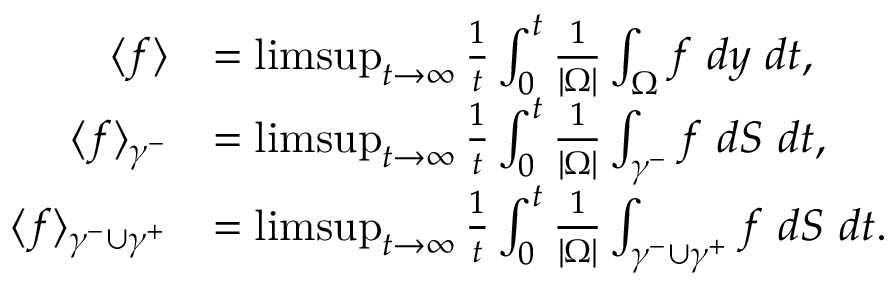
\begin{array} { r l } { \langle f \rangle } & { = \operatorname* { l i m s u p } _ { t \to \infty } \frac { 1 } { t } \int _ { 0 } ^ { t } \frac { 1 } { | \Omega | } \int _ { \Omega } f \ d y \ d t , } \\ { \langle f \rangle _ { \gamma ^ { - } } } & { = \operatorname* { l i m s u p } _ { t \to \infty } \frac { 1 } { t } \int _ { 0 } ^ { t } \frac { 1 } { | \Omega | } \int _ { \gamma ^ { - } } f \ d S \ d t , } \\ { \langle f \rangle _ { \gamma ^ { - } \cup \gamma ^ { + } } } & { = \operatorname* { l i m s u p } _ { t \to \infty } \frac { 1 } { t } \int _ { 0 } ^ { t } \frac { 1 } { | \Omega | } \int _ { \gamma ^ { - } \cup \gamma ^ { + } } f \ d S \ d t . } \end{array}